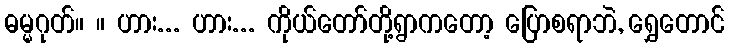
ဓမ္မဂုတ်။ ။ ဟား... ဟား... ကိုယ်တော်တို့ရွာကတော့ ပြောစရာဘဲ, ရွှေတောင်